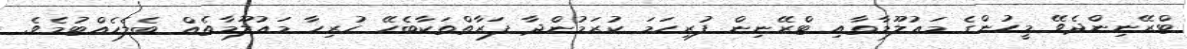
ޓްރޭނިންދެވޭ މީހުންގެ މަޢުލޫމާތާއި ޓްރޭނިން ފުރިހަމަ ކުރަމުންދާ ފަރާތްތަކާބެހޭ ހުރިހާ މަޢުލޫމާތެއް ބެލެހެއްޓުމެވެ.